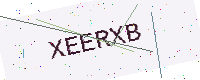
Text: XEERXB